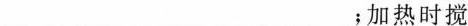
___;加热时搅